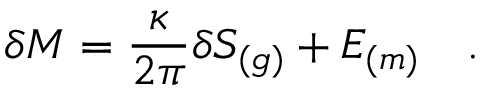
\delta M = { \frac { \kappa } { 2 \pi } } \delta S _ { ( g ) } + { \cal E } _ { ( m ) } ~ ~ ~ .